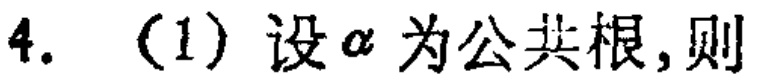
4. （1）设\(\alpha\)为公共根,则